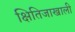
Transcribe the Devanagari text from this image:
क्षितिजाखाली